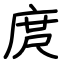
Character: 庹